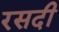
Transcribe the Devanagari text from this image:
रसदी